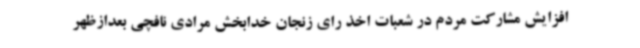
افزایش مشارکت مردم در شعبات اخذ رای زنجان خدابخش مرادی نافچی بعدازظهر